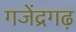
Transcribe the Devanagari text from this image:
गजेंद्रगढ़